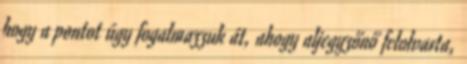
hogy a pontot úgy fogalmazzuk át, ahogy aljegyzőnő felolvasta,